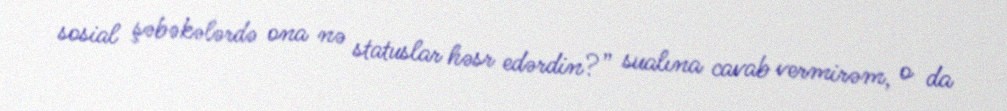
sosial şəbəkələrdə ona nə statuslar həsr edərdin?” sualına cavab vermirəm, o da